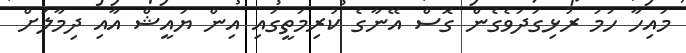
މައިހާ ހަމަ ރުޅިގަދަވެގެން ގޮސް އޭނާގެ ކުރިމަތީގައި އިން ޔައީޝް އާއި ދިމާލަށް